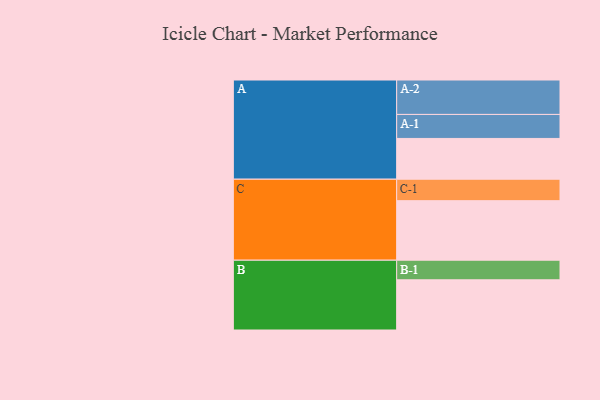
{"axis": {"x": "Segment", "y": "Value"}, "legend": ["", "A", "B", "C"], "data": [{"x": "A", "y": 302, "type": ""}, {"x": "B", "y": 372, "type": ""}, {"x": "C", "y": 441, "type": ""}, {"x": "A-1", "y": 178, "type": "A"}, {"x": "A-2", "y": 255, "type": "A"}, {"x": "B-1", "y": 145, "type": "B"}, {"x": "C-1", "y": 159, "type": "C"}]}